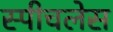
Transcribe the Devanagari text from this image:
स्‍पीचलेस